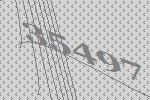
35497